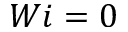
W i = 0